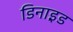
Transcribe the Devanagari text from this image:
डिनाइ़ड